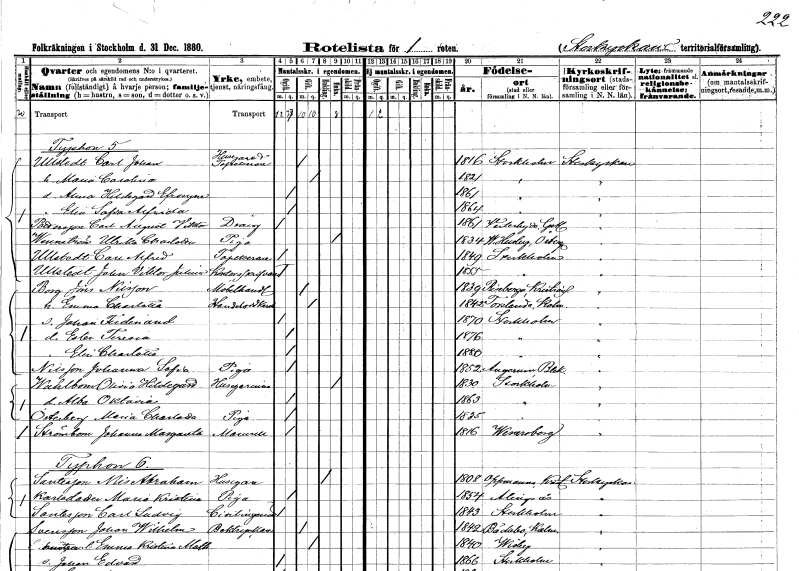
gt_parse: households: individuals: FN: Carl Johan
EN: Ullstedt
YRKE: Husägare Tapetserare
KON: M
CIV: G
FODAR: 1816
FODFORS: Stockholm
FN: Maria Carolina
KON: K
CIV: G
FODAR: 1821
FODFORS: Stockholm
FN: Anna Hildegard Efrosyne
KON: K
CIV: O
FODAR: 1861
FODFORS: Stockholm
FN: Elin Sofia Alfrida
KON: K
CIV: O
FODAR: 1864
FODFORS: Stockholm
FN: Carl August Viktor
EN: Pettersson
YRKE: Dräng
KON: M
CIV: O
FODAR: 1861
FODFORS: Västerhejde Gotlands län
FN: Ulrika Charlotta
EN: Wennström
YRKE: Piga
KON: K
CIV: E
FODAR: 1834
FODFORS: Västra Husby Östergötlands län
FN: Carl Alfred
EN: Ullstedt
YRKE: Tapetserare
KON: M
CIV: O
FODAR: 1849
FODFORS: Stockholm
FN: John Viktor Julius
EN: Ullstedt
YRKE: Kontorsskrivare
KON: M
CIV: O
FODAR: 1855
FODFORS: Stockholm
FN: Jöns
EN: Borg Nilsson
YRKE: Möbelhandlare
KON: M
CIV: G
FODAR: 1839
FODFORS: Riseberga Kristianstads län
FN: Emma Charlotta
YRKE: Handelsidkerska
KON: K
CIV: G
FODAR: 1842
FODFORS: Torslunda Kalmar län
FN: Johan Ferdinand
KON: M
CIV: O
FODAR: 1870
FODFORS: Stockholm
FN: Ester Teresia
KON: K
CIV: O
FODAR: 1876
FODFORS: Stockholm
FN: Elin Charlotta
KON: K
CIV: O
FODAR: 1880
FODFORS: Stockholm
FN: Johanna Sofia
EN: Nilsson
YRKE: Piga
KON: K
CIV: O
FODAR: 1852
FODFORS: Augerum Blekinge län
FN: Olivia Hildegard
EN: Wahlbom
YRKE: Husägarinna
KON: K
CIV: E
FODAR: 1830
FODFORS: Stockholm
FN: Alba Oktavia
KON: K
CIV: O
FODAR: 1863
FODFORS: Stockholm
FN: Maria Charlotta
EN: Österberg
YRKE: Piga
KON: K
CIV: O
FODAR: 1835
FODFORS: Stockholm
FN: Johanna Margareta
EN: Strömbom
KON: K
CIV: O
FODAR: 1816
FODFORS: Vänersborg Älvsborgs län
FN: Nils Abraham
EN: Santesson
YRKE: Husägare
KON: M
CIV: E
FODAR: 1808
FODFORS: Oppmanna Kristianstads län
FN: Maria Kristina
EN: Karlsdotter
YRKE: Piga
KON: K
CIV: O
FODAR: 1854
FODFORS: Alingsås Älvsborgs län
FN: Carl Ludvig
EN: Santesson
YRKE: Civilingenjör
KON: M
CIV: O
FODAR: 1843
FODFORS: Stockholm